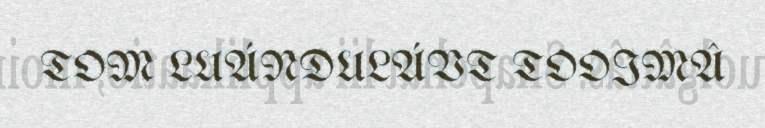
TOM LUÁNDULÁVT TOOIMÂ